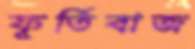
ফূর্তিবাজ